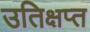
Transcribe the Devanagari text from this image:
उतिक्षप्त